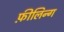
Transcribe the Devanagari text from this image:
फ़ीलिन्ग